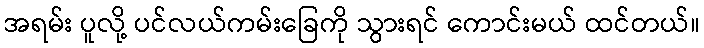
အရမ်း ပူလို့ ပင်လယ်ကမ်းခြေကို သွားရင် ကောင်းမယ် ထင်တယ်။